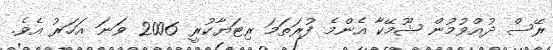
ރޭސް ދުއްވުމުން ޝޫމޭކާ އެންމެ ފުރަތަމަ ރިޓަޔާކުރީ 2006 ވަނަ އަހަރު އެވެ.